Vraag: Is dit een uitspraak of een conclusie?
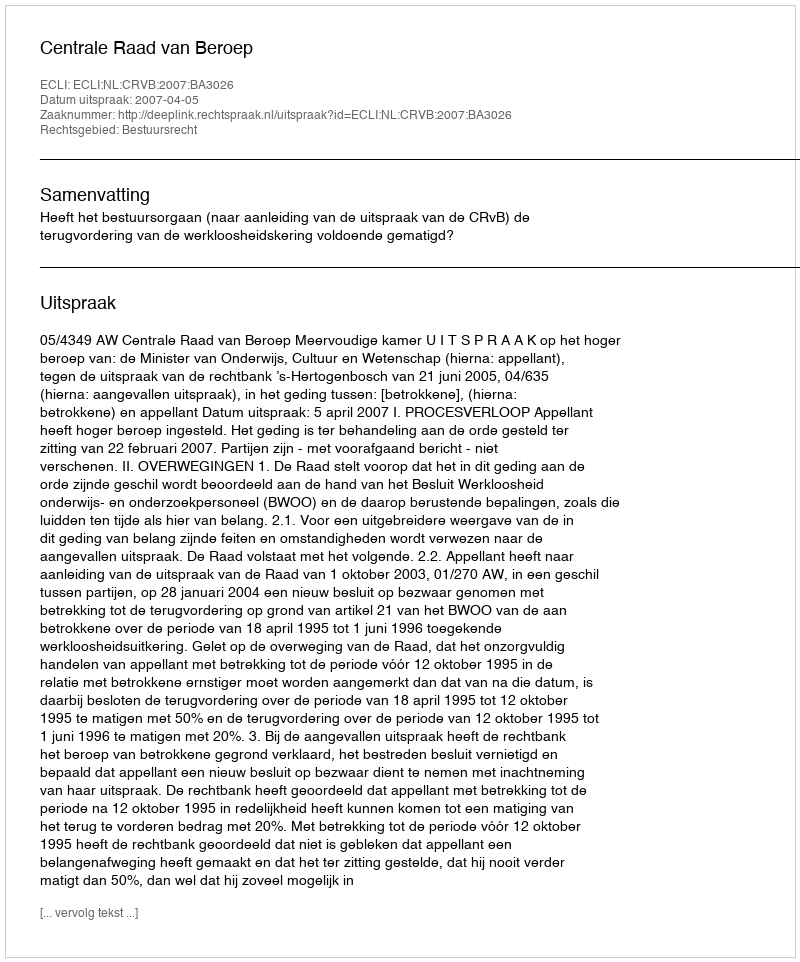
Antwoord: Uitspraak